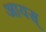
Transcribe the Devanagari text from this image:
आयस्